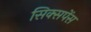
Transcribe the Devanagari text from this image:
सिक्सपेंस